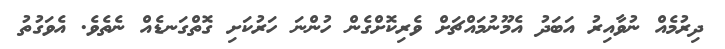
ދިރުމެއް ނުވާއިރު އަބަދު އެމޫނުމައްޗަށް ވެރިކޮށްގެން ހުންނަ ހަރުކަށި ގޮތްގަނޑެއް ނެތެވެ. އެވަގުތު